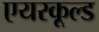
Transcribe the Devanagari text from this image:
एयरकूल्ड